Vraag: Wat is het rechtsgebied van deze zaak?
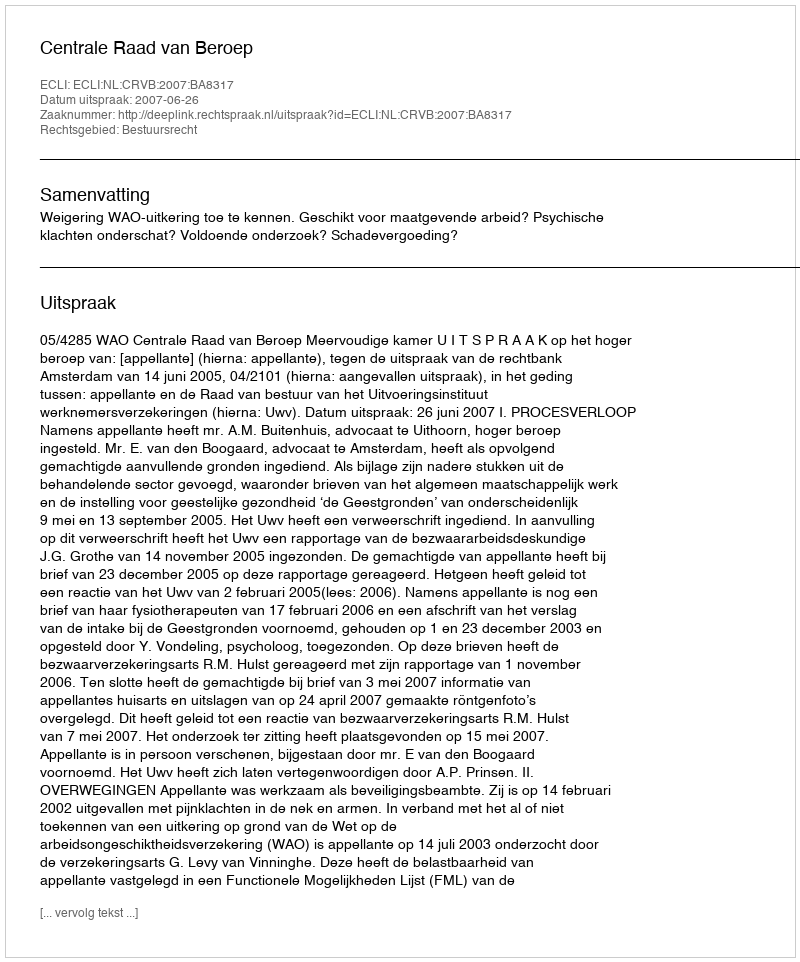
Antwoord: Bestuursrecht